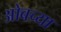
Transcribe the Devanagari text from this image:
ओबच्या